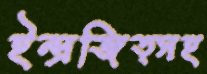
ইন্দ্রজিত্সহ